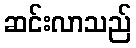
ဆင်းလာသည်